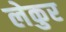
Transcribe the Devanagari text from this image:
लेकुर